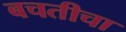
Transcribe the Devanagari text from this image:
बचतीचा